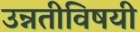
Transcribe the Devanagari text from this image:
उन्नतीविषयी